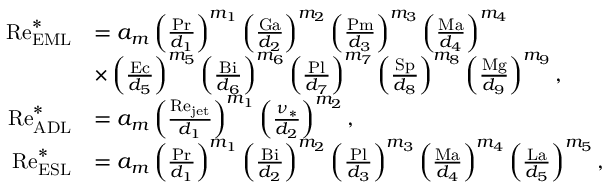
\begin{array} { r l } { \mathrm { R e } _ { \mathrm { E M L } } ^ { \ast } } & { = a _ { m } \left( \frac { \mathrm { P r } } { d _ { 1 } } \right) ^ { m _ { 1 } } \left( \frac { \mathrm { G a } } { d _ { 2 } } \right) ^ { m _ { 2 } } \left( \frac { \mathrm { P m } } { d _ { 3 } } \right) ^ { m _ { 3 } } \left( \frac { \mathrm { M a } } { d _ { 4 } } \right) ^ { m _ { 4 } } } \\ & { \times \left( \frac { \mathrm { E c } } { d _ { 5 } } \right) ^ { m _ { 5 } } \left( \frac { \mathrm { B i } } { d _ { 6 } } \right) ^ { m _ { 6 } } \left( \frac { \mathrm { P l } } { d _ { 7 } } \right) ^ { m _ { 7 } } \left( \frac { \mathrm { S p } } { d _ { 8 } } \right) ^ { m _ { 8 } } \left( \frac { \mathrm { M g } } { d _ { 9 } } \right) ^ { m _ { 9 } } , } \\ { \mathrm { R e } _ { \mathrm { A D L } } ^ { \ast } } & { = a _ { m } \left( \frac { \mathrm { R e } _ { \mathrm { j e t } } } { d _ { 1 } } \right) ^ { m _ { 1 } } \left( \frac { \nu _ { \ast } } { d _ { 2 } } \right) ^ { m _ { 2 } } , } \\ { \mathrm { R e } _ { \mathrm { E S L } } ^ { \ast } } & { = a _ { m } \left( \frac { \mathrm { P r } } { d _ { 1 } } \right) ^ { m _ { 1 } } \left( \frac { \mathrm { B i } } { d _ { 2 } } \right) ^ { m _ { 2 } } \left( \frac { \mathrm { P l } } { d _ { 3 } } \right) ^ { m _ { 3 } } \left( \frac { \mathrm { M a } } { d _ { 4 } } \right) ^ { m _ { 4 } } \left( \frac { \mathrm { L a } } { d _ { 5 } } \right) ^ { m _ { 5 } } , } \end{array}